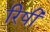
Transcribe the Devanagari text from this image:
रिषी